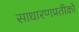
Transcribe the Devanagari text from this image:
साधारणप्रतीकों